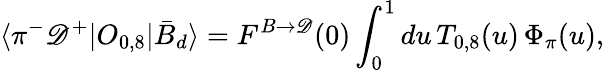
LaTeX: \langle\pi^{-}\mathscr{D}^{+}|O_{0,8}|\bar{{B}}_{d}\rangle=F^{B\to\mathscr{D}}(0)\int_{0}^{1}du\, T_{0,8}(u)\, \Phi_{\pi}(u),